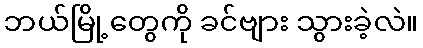
ဘယ်မြို့တွေကို ခင်ဗျား သွားခဲ့လဲ။